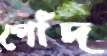
পোঁদ